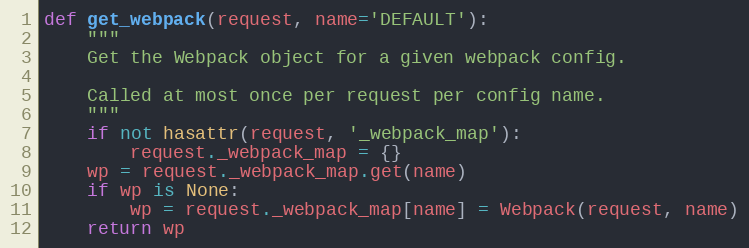
Language: Python
def get_webpack(request, name='DEFAULT'):
    """
    Get the Webpack object for a given webpack config.

    Called at most once per request per config name.
    """
    if not hasattr(request, '_webpack_map'):
        request._webpack_map = {}
    wp = request._webpack_map.get(name)
    if wp is None:
        wp = request._webpack_map[name] = Webpack(request, name)
    return wp